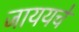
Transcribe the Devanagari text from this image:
जाययचे